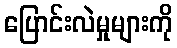
ပြောင်းလဲမှုများကို